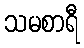
သမစာရီ